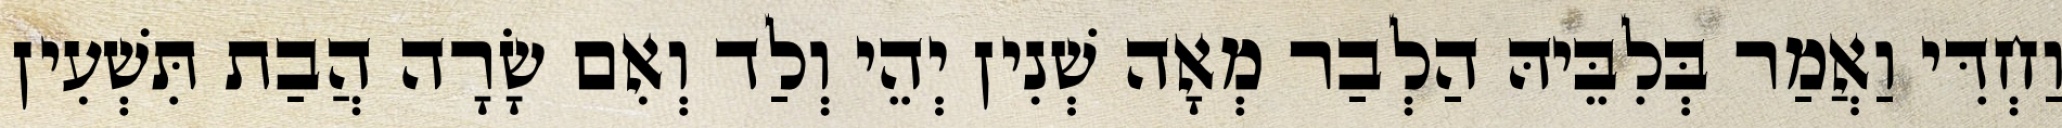
וַחְדִּי וַאֲמַר בְּלִבֵּיהּ הַלְבַר מְאָה שְׁנִין יְהֵי וְלַד וְאִם שָׂרָה הֲבַת תִּשְׁעִין